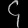
Digit: ၄